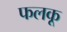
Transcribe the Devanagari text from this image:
फलकू